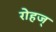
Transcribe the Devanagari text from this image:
रोहज्